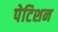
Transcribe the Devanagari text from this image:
पेटिशन